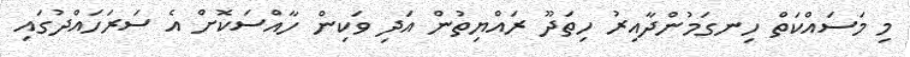
މި މަސައްކަތް ހިނގަމުންދާއިރު ހިތަދޫ ރައްޔިތުން އަދި ވަކިން ހާއްސަކޮށް އެ ސަރަހައްދުގައި